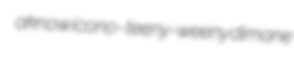
aknow icono- teeny-weeny dimane